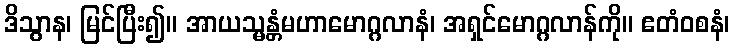
ဒိသွာန၊ မြင်ပြီး၍။ အာယသ္မန္တံမဟာမောဂ္ဂလာနံ၊ အရှင်မောဂ္ဂလာန်ကို။ ဧတံဝစနံ၊